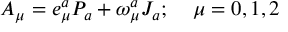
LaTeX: A _ { \mu } = e _ { \mu } ^ { a } P _ { a } + \omega _ { \mu } ^ { a } J _ { a } ; \; \; \; \; \mu = 0 , 1 , 2